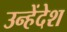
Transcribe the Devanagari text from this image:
उन्हेंदेश